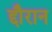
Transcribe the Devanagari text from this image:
द्दौरान